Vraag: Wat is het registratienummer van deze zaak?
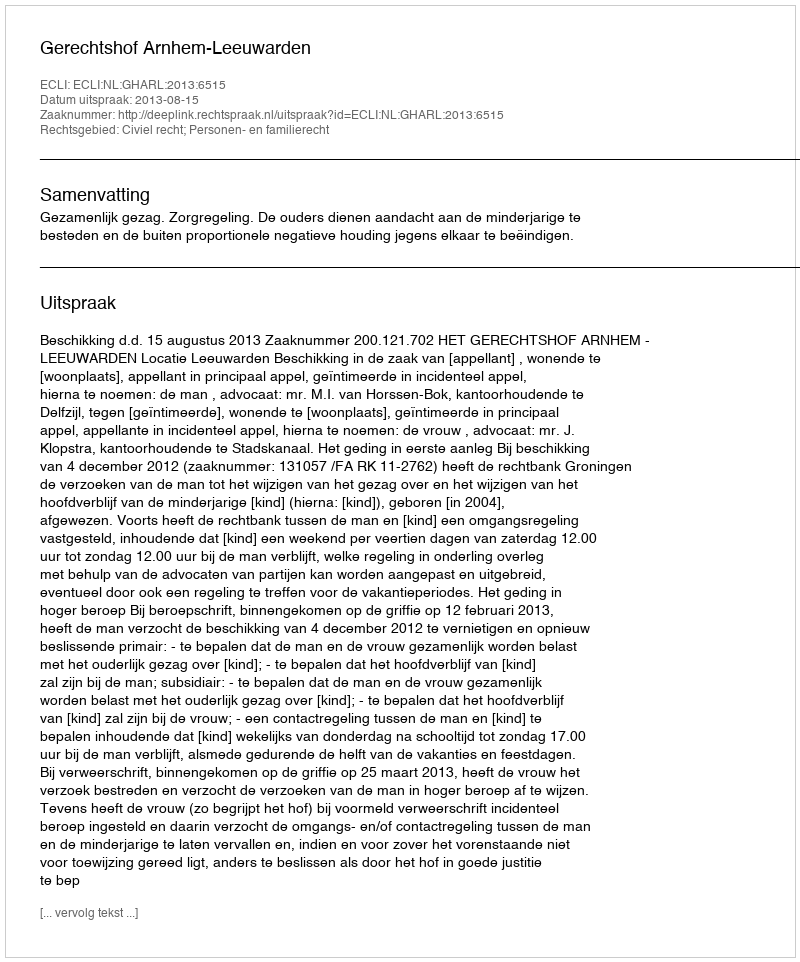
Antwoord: http://deeplink.rechtspraak.nl/uitspraak?id=ECLI:NL:GHARL:2013:6515